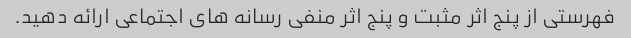
فهرستی از پنج اثر مثبت و پنج اثر منفی رسانه های اجتماعی ارائه دهید.